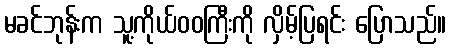
မခင်ဘုန်းက သူ့ကိုယ်ဝဝကြီးကို လှိမ့်ပြရင်း ပြောသည်။